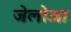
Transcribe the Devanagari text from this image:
जेलोआ